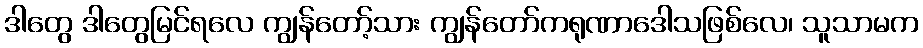
ဒါတွေ ဒါတွေမြင်ရလေ ကျွန်တော့်သား ကျွန်တော်ကရုဏာဒေါသဖြစ်လေ၊ သူသာမက